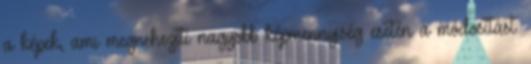
a képek, ami megnehezíti nagyobb képmennyiség esetén a módosítást.